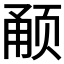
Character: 𬱥